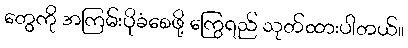
တွေကို အကြမ်းပိုခံစေဖို့ ကြွေရည် သုတ်ထားပါတယ်။